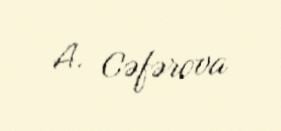
A. Cəfərova